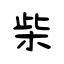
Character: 柴